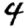
Digit: 4